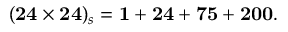
( { \bf 2 4 } \times { \bf 2 4 } ) _ { s } = { \bf 1 } + { \bf 2 4 } + { \bf 7 5 } + { \bf 2 0 0 } .